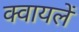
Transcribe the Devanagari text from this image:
क्वायलें